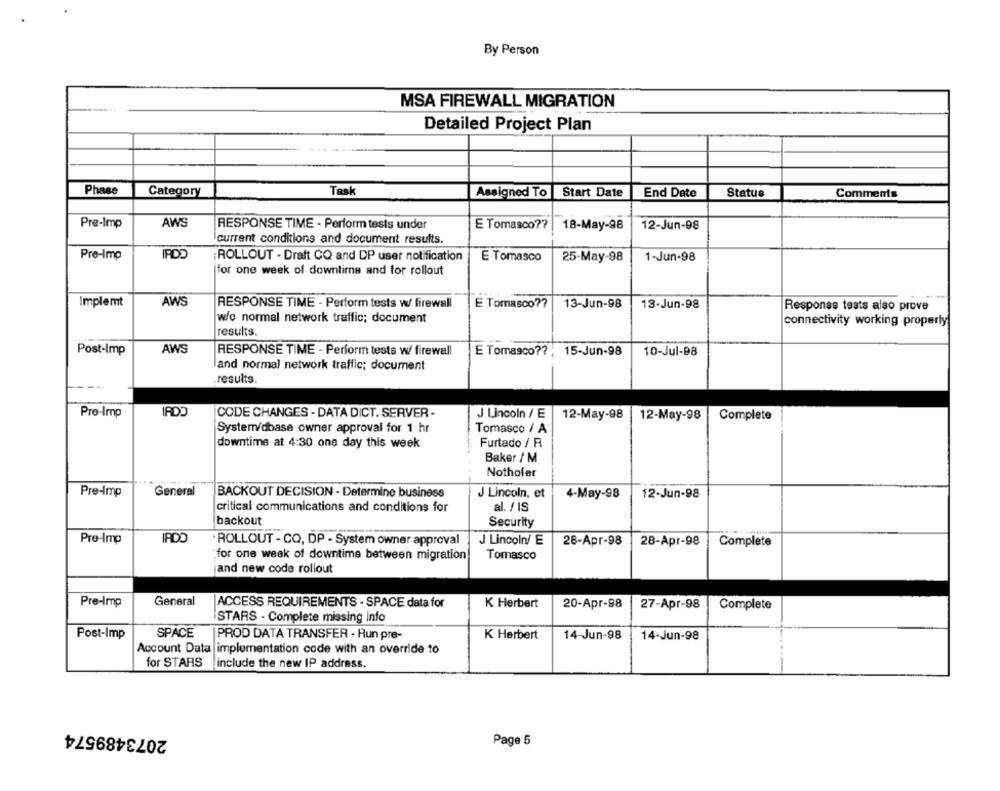
By Person
MSA FIREWALL MIGRATION
Detailed Project Plan
Phase
Category
Task
Assigned To
Start Date
End Date
Statue
Comments
Pre-Imp
AWS
RESPONSE TIME - Perform tests under
E Tomasco ??
18-May-98
12-Jun-98
current conditions and document results.
Pre-Imp
ROLLOUT - Draft CQ and DP user notification
E Tomasco
25-May-98
1-Jun-98
for one week of downtime and for rollout
AWS
Implemt
RESPONSE TIME - Perform tests w/ firewall
E Tomasco ??
13-Jun-98
13-Jun-98
Response tests also prove
w/o normal network traffic; document
connectivity working properly
results.
AWS
Post-Imp
RESPONSE TIME - Perform tests w/ firewall
E Tomasco ?? . 15-Jun-98
10-Jul-98
and normal network traffic; document
results.
IRDO
Pro-Imp
CODE CHANGES - DATA DICT. SERVER -
J Lincoln / E
12-May-98
12-May-98
Complete
System/dbase owner approval for 1 hr
Tomasco / A
downtime at 4:30 one day this week
Furtado / R
Baker / M
Nothofer
Pre-Imp
General
BACKOUT DECISION - Determine business
J Lincoln, et
4-May-98
12-Jun-98
al. / IS
critical communications and conditions for
backout
Security
Pre-Imp
IPDO
.ROLLOUT - CQ, DP - System owner approval
J Lincoln/ E
28-Apr-98
28-Apr-98
Complete
for one week of downtime between migration!
Tomasco
and new code rollout
Pre-Imp
General
ACCESS REQUIREMENTS - SPACE data for
K Herbert
20-Apr-98
27-Apr-98
Complete
STARS - Complete missing info
Post-Imp
SPACE
PROD DATA TRANSFER - Hun pre-
K Herbert
14-Jun-98
14-Jun-98
Account Data implementation code with an override to
for STARS
include the new IP address.
--
2073489574
Page 5